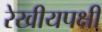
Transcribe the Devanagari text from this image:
रेखीयपक्षी